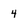
Character: 4